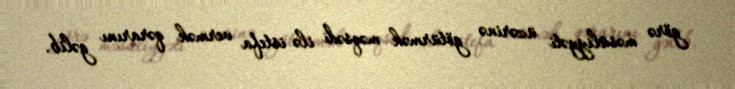
görə məsuliyyəti üzərinə götürmək məqsədi ilə istefa vermək qərarını gəlib.